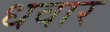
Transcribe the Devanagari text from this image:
धवार